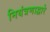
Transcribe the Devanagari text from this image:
नियंत्रणाद्वारे